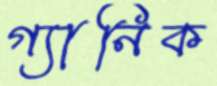
গ্যানিক